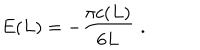
LaTeX: E ( L ) = - \displaystyle \frac { \pi c ( L ) } { 6 L } \, \, .